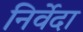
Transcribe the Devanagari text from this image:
निर्वेदा